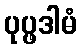
ပုပ္ဖဒါမံ